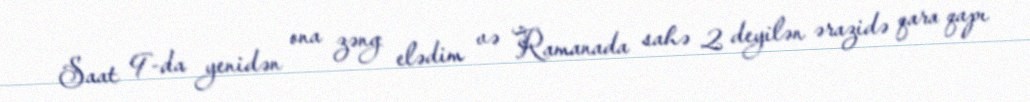
Saat 9-da yenidən ona zəng elədim və Ramanada sahə 2 deyilən ərazidə qara qapı